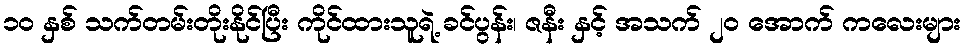
၁၀ နှစ် သက်တမ်းတိုးနိုင်ပြီး ကိုင်ထားသူရဲ့ ခင်ပွန်း၊ ဇနီး နှင့် အသက် ၂၀ အောက် ကလေးများ